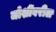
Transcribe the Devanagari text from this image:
जोशींवरील